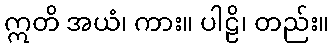
ဣတိ အယံ၊ ကား။ ပါဠိ၊ တည်း။